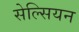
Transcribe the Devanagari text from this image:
सेल्सियन